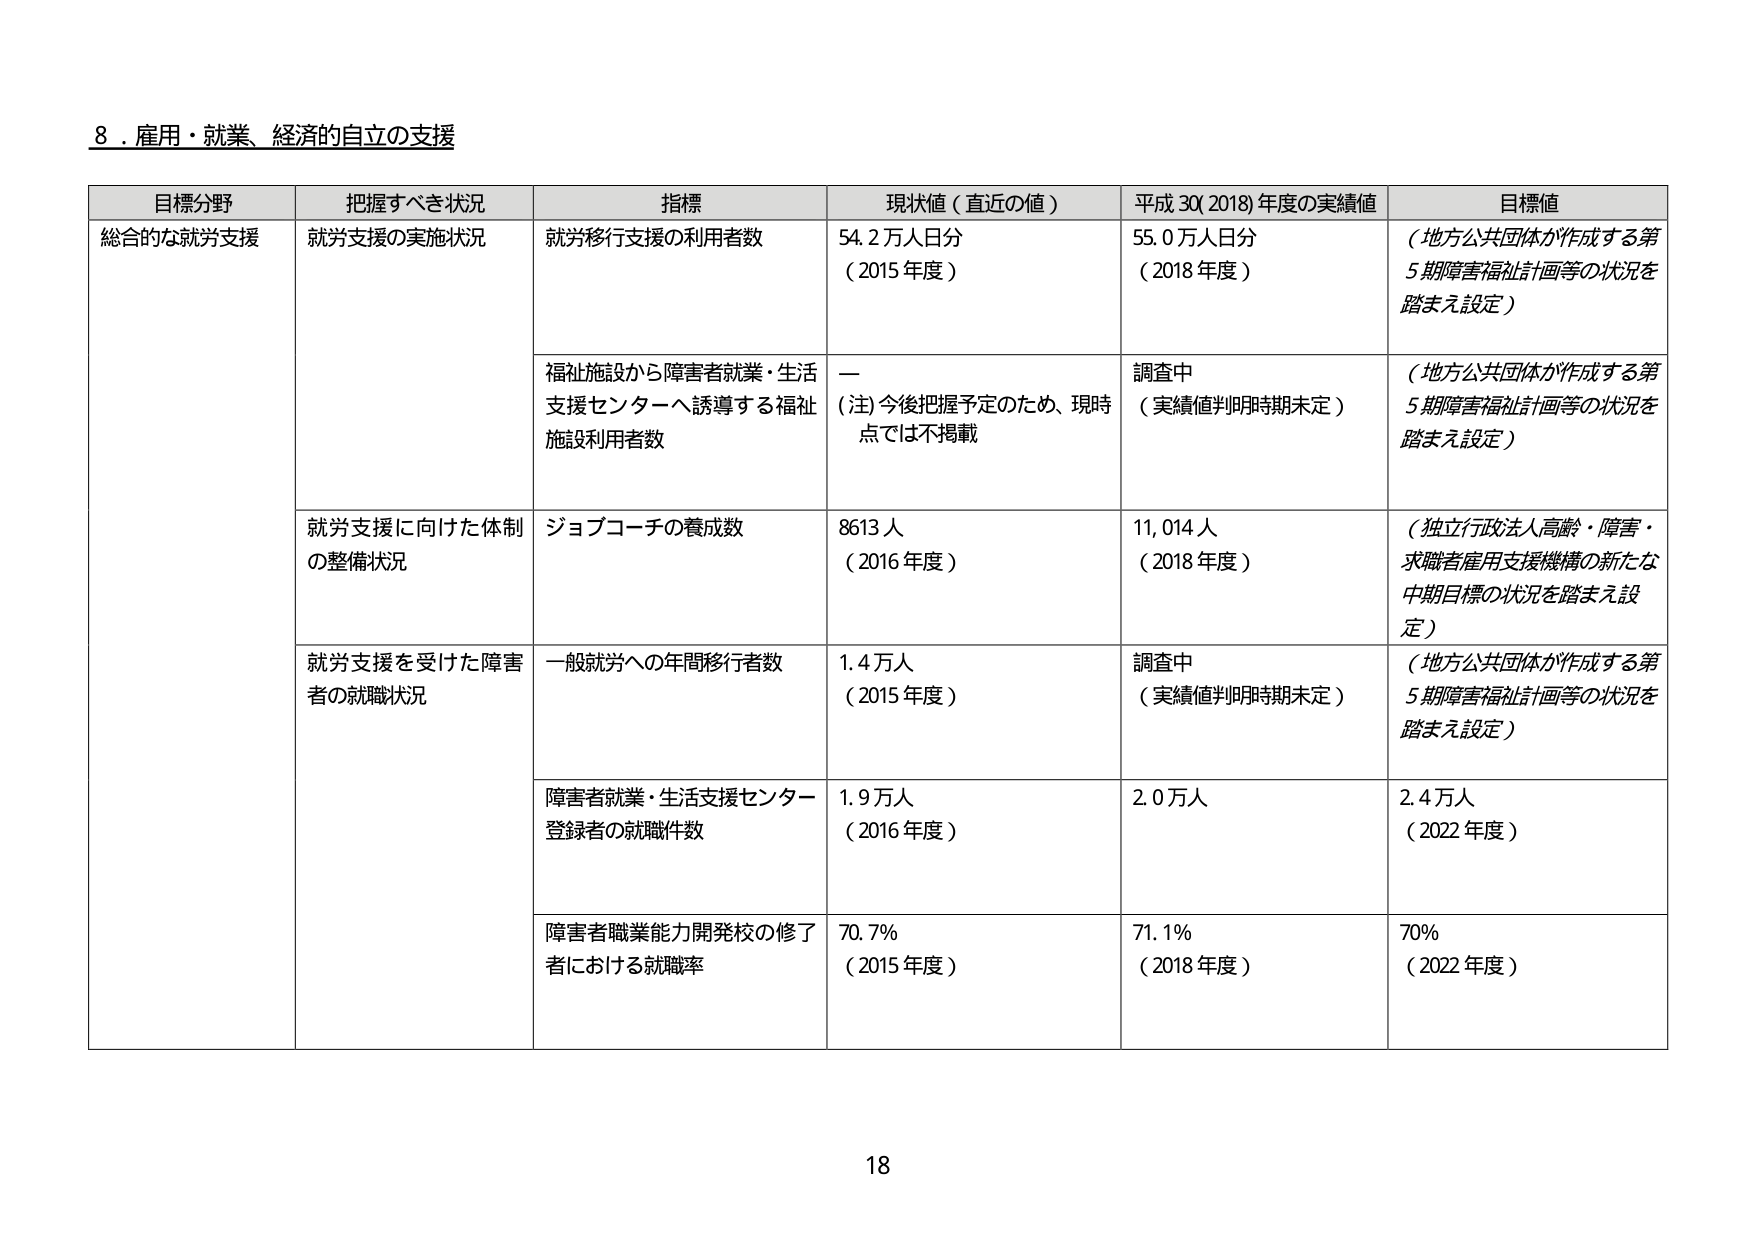
8．雇用・就業、経済的自立の支援

目標分野	把握すべき状況	指標	現状値（直近の値）	平成30(2018)年度の実績値	目標値
総合的な就労支援	就労支援の実施状況	就労移行支援の利用者数	54.2万人日分（2015年度）	55.0万人日分（2018年度）	（地方公共団体が作成する第5期障害福祉計画等の状況を踏まえ設定）
		福祉施設から障害者就業・生活支援センターへ誘導する福祉施設利用者数	ー（注）今後把握予定のため、現時点では不掲載	調査中（実績値判明時期未定）	（地方公共団体が作成する第5期障害福祉計画等の状況を踏まえ設定）
		就労支援に向けた体制の整備状況	ジョブコーチの養成数	8613人（2016年度）	11,014人（2018年度）	（独立行政法人高齢・障害・求職者雇用支援機構の新たな中期目標の状況を踏まえ設定）
		就労支援を受けた障害者の就職状況	一般就労への年間移行者数	1.4万人（2015年度）	調査中（実績値判明時期未定）	（地方公共団体が作成する第5期障害福祉計画等の状況を踏まえ設定）
		障害者就業・生活支援センター登録者の就職件数	1.9万人（2016年度）	2.0万人	2.4万人（2022年度）
		障害者職業能力開発校の修了者における就職率	70.7%（2015年度）	71.1%（2018年度）	70%（2022年度）

18